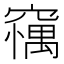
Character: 𥧼